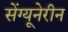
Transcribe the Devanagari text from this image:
सेंग्यूनेरीन